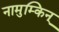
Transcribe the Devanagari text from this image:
नामुम्किन्